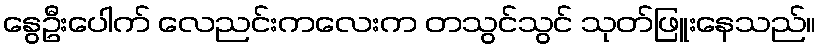
နွေဦးပေါက် လေညင်းကလေးက တသွင်သွင် သုတ်ဖြူးနေသည်။